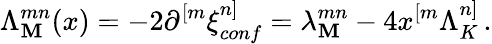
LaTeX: \Lambda_{\mathbf{M}}^{mn}(x)=-2\partial^{[m}\xi_{conf}^{n]}=\lambda_{\mathbf{M}}^{mn}-4x^{[m}\Lambda_{K}^{n]}\, .